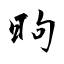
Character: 昫